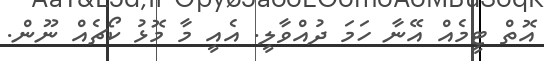
އޮތް ޓީމެއް އޭނާ ހަމަ ދުއްވާލީ. އެއީ މާ މޮޅު ކޯޗެއް ނޫން.